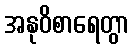
အနုဝိစာရေတွာ